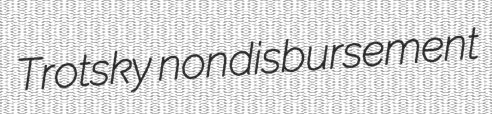
Trotsky nondisbursement